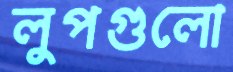
লুপগুলো